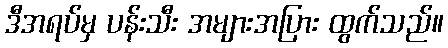
ဒီအရပ်မှ ပန်းသီး အများအပြား ထွက်သည်။